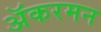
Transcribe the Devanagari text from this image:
अॅकरमन